Scottish Certificate of Education, 1962
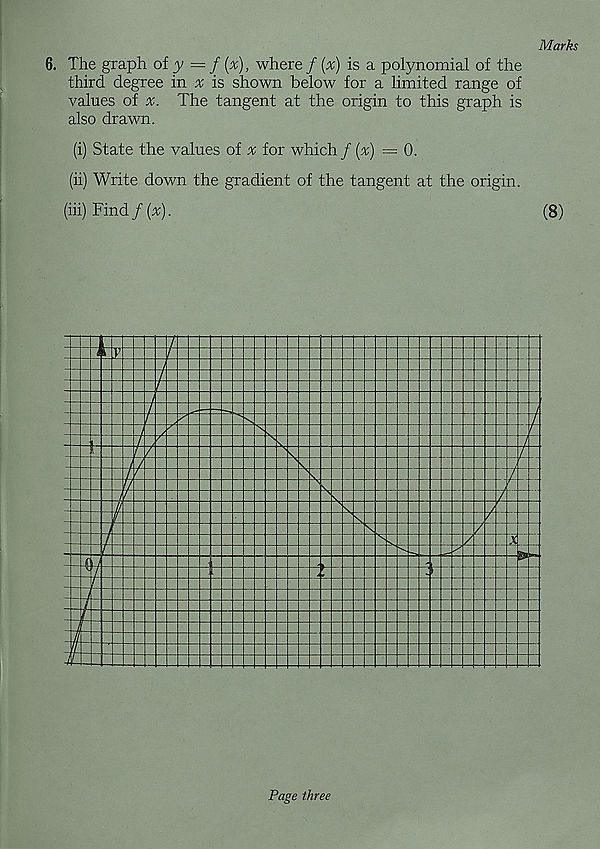
Marks
6. The graph of 3; = / (^), where / [x) is a polynomial of the
third degree in x is shown below for a limited range of
values of
The tangent at the origin to this graph is
also drawn.
(i) State the values of % for which f (x) =0.
(ii) Write down the gradient of the tangent at the origin.
(hi) Find / {x).
(8)
Page three